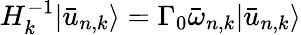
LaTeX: H_{k}^{-1}|\bar{u}_{n,k}\rangle=\Gamma_{0}\bar{\omega}_{n,k}|\bar{u}_{n,k}\rangle